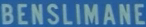
BENSILIMANE